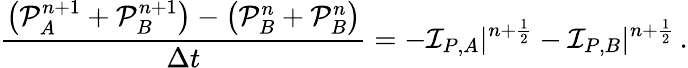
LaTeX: \frac{\left(\mathcal P_{A}^{n+1}+\mathcal P_{B}^{n+1}\right)-\left(\mathcal P_{B}^{n}+\mathcal P_{B}^{n}\right)}{\Delta t}=-\mathcal I_{P,A}|^{n+\frac 12}-\mathcal I_{P,B}|^{n+\frac 12}\, .